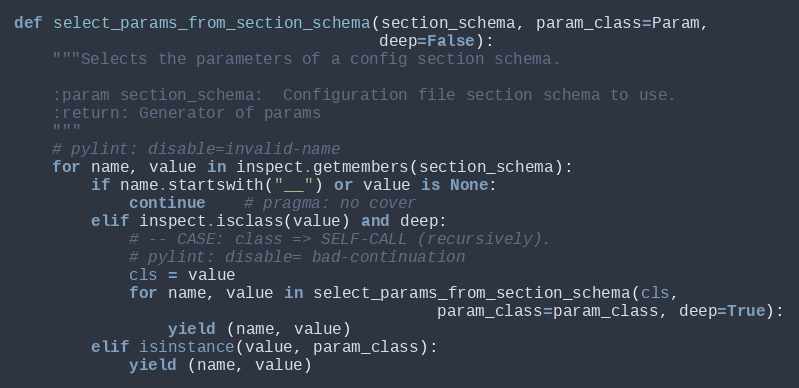
Language: Python
def select_params_from_section_schema(section_schema, param_class=Param,
                                      deep=False):
    """Selects the parameters of a config section schema.

    :param section_schema:  Configuration file section schema to use.
    :return: Generator of params
    """
    # pylint: disable=invalid-name
    for name, value in inspect.getmembers(section_schema):
        if name.startswith("__") or value is None:
            continue    # pragma: no cover
        elif inspect.isclass(value) and deep:
            # -- CASE: class => SELF-CALL (recursively).
            # pylint: disable= bad-continuation
            cls = value
            for name, value in select_params_from_section_schema(cls,
                                            param_class=param_class, deep=True):
                yield (name, value)
        elif isinstance(value, param_class):
            yield (name, value)